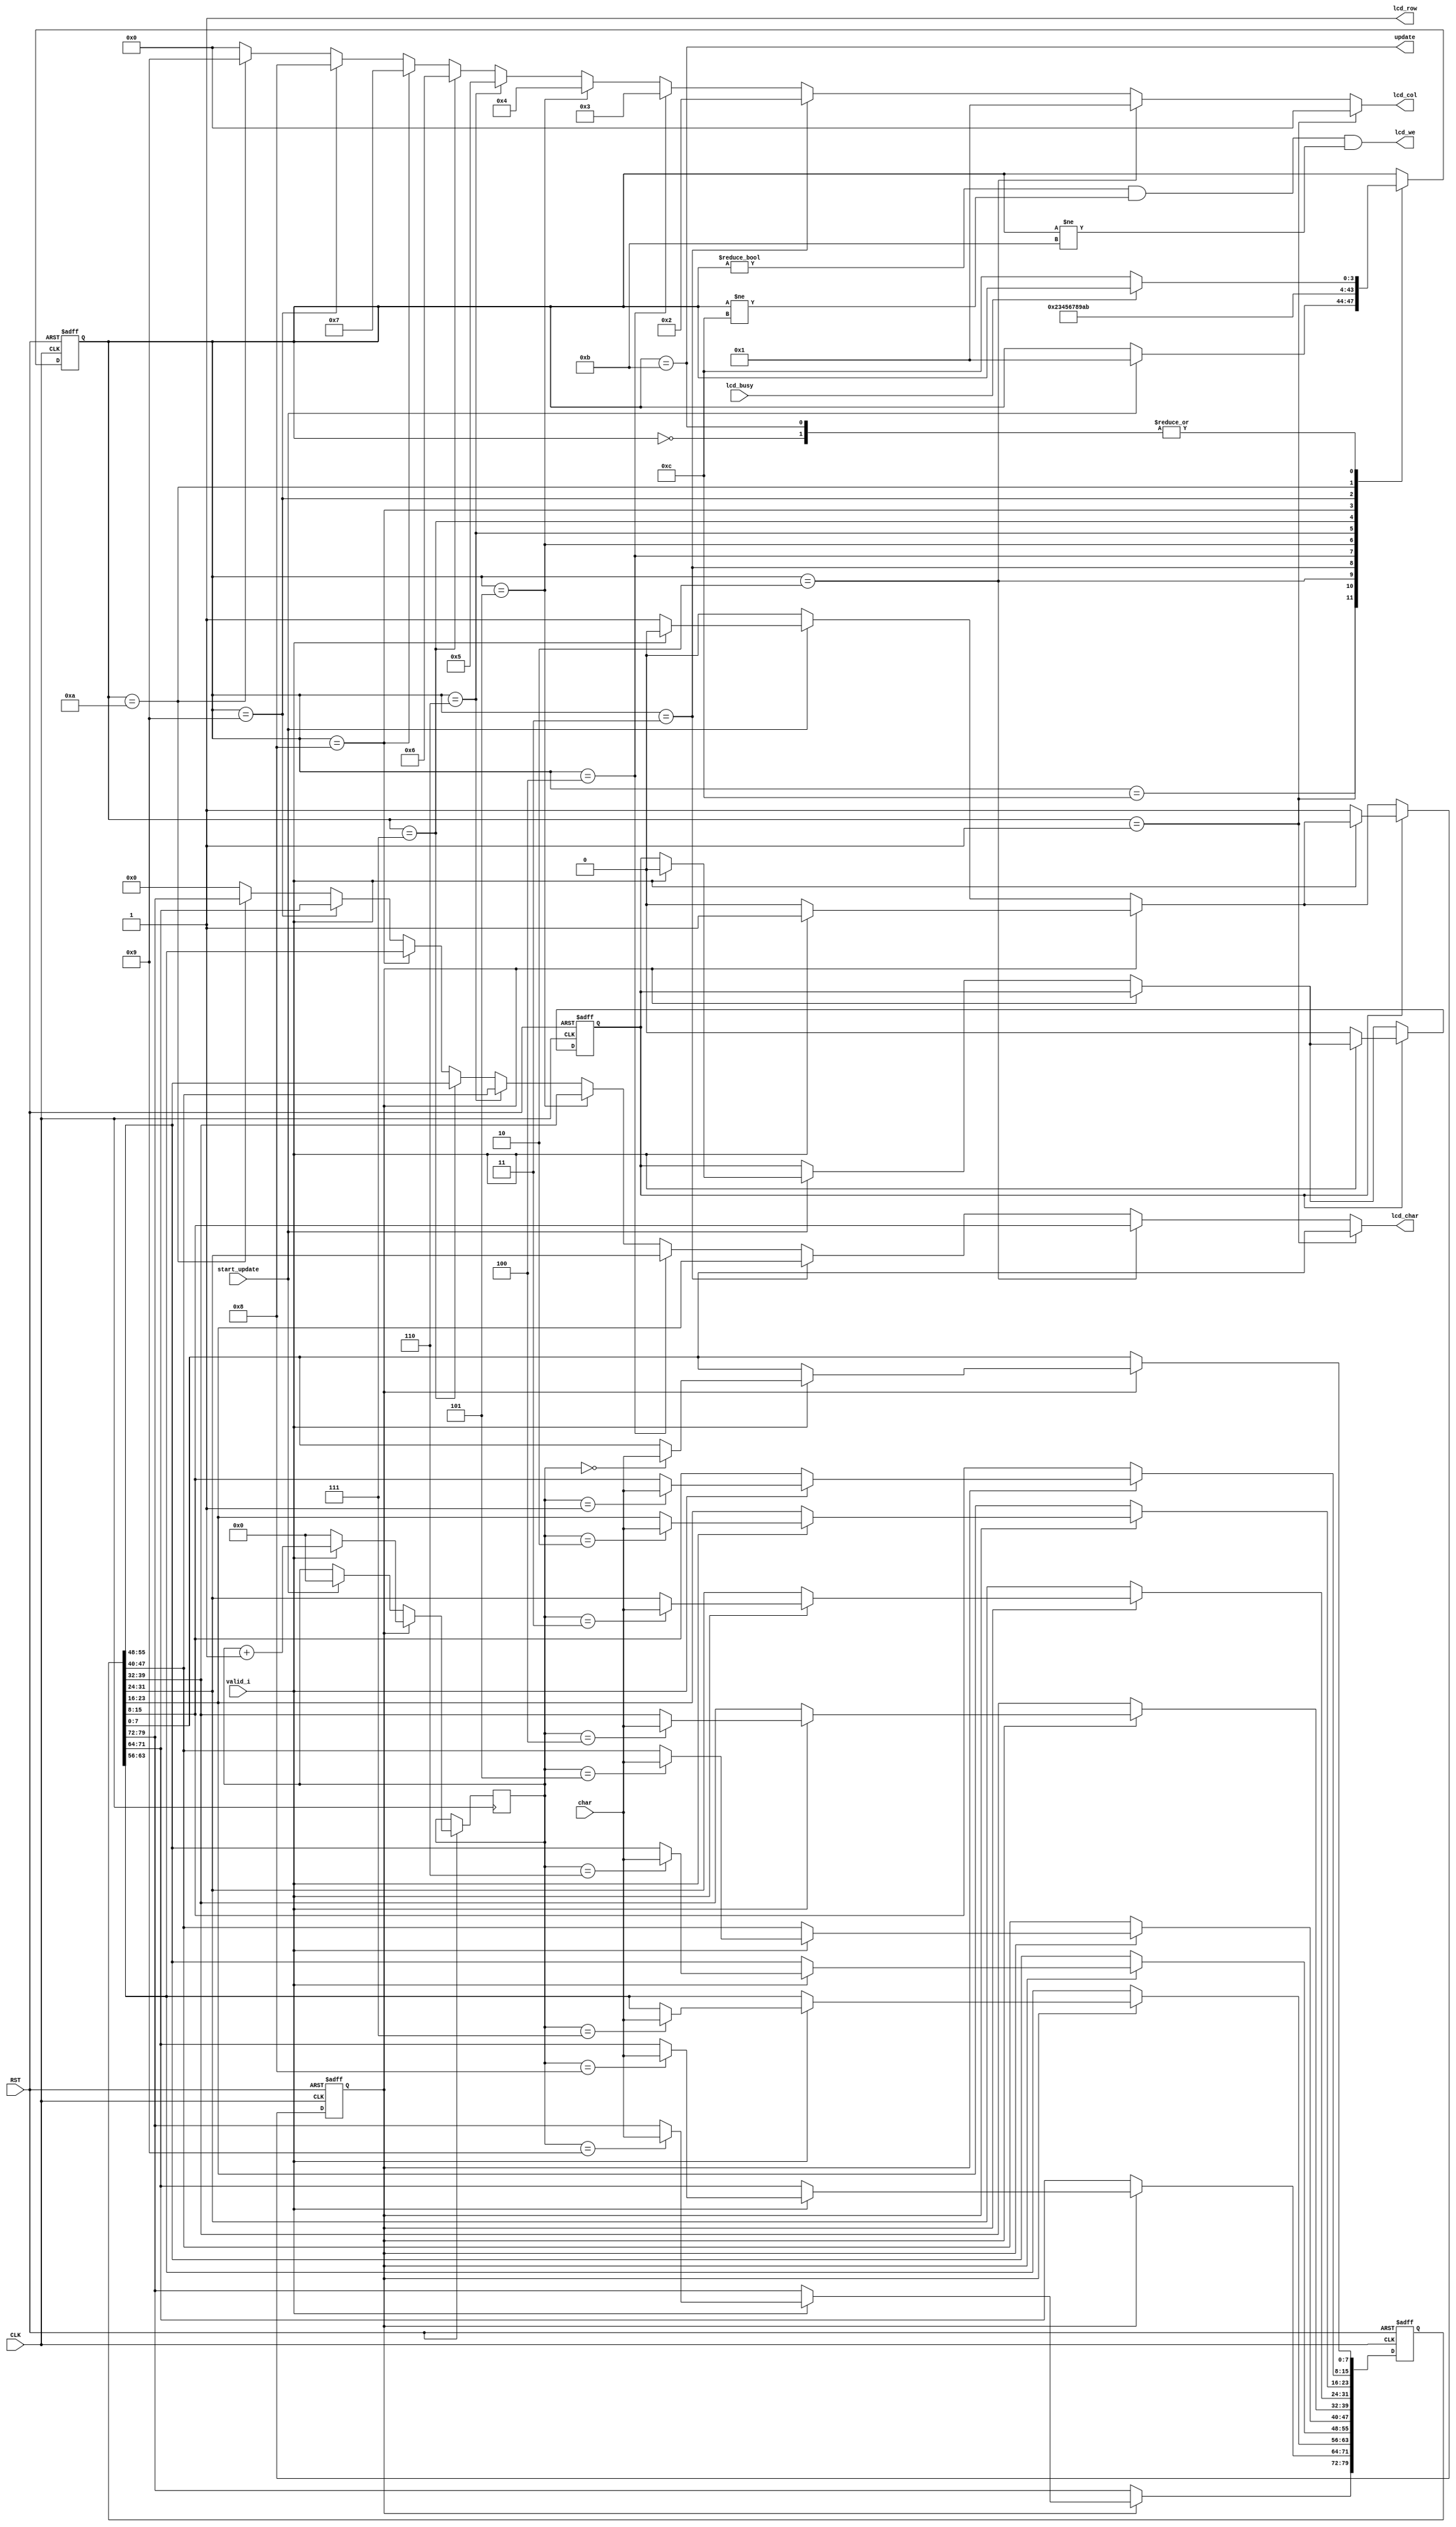

module lcd_control
  (
   input        CLK,
   input        RST,

   output       update,
   output       lcd_row, 
   output [3:0] lcd_col,
   output [7:0] lcd_char,
   output       lcd_we,

   input        lcd_busy,

   input        valid_i,
   input        start_update,
   input [7:0]  char
   );

`define SW 4
   reg [79:0]   char_reg;
   reg          getchar_from_num2char_flg, wait_getchar_from_num2char;
   
   parameter s_wait_init = `SW'd0;
   parameter s_0         = `SW'd1;
   parameter s_1         = `SW'd2;
   parameter s_2         = `SW'd3;
   parameter s_3         = `SW'd4;
   parameter s_4         = `SW'd5;
   parameter s_5         = `SW'd6;
   parameter s_6         = `SW'd7;
   parameter s_7         = `SW'd8;
   parameter s_8         = `SW'd9;
   parameter s_9         = `SW'd10;
   parameter s_update    = `SW'd11;
   parameter s_idle      = `SW'd12;

   reg [`SW-1:0] state; 
   reg [4:0]     s,getchar_from_num2char_state;
`undef SW

   
   assign lcd_char = 
					 state == s_0?  char_reg[7:0] : 
                     state == s_1?  char_reg[15:8] : 
                     state == s_2?  char_reg[23:16] : 
                     state == s_3?  char_reg[31:24] : 
                     state == s_4?  char_reg[39:32] : 
                     state == s_5?  char_reg[47:40] : 
                     state == s_6?  char_reg[55:48] : 
                     state == s_7?  char_reg[63:56] : 
                     state == s_8?  char_reg[71:64] : 
                     state == s_9?  char_reg[79:72] :
                     3'h0;
   
   assign lcd_we   = state != s_wait_init && state != s_idle && state != s_update;
   assign lcd_row  = 1;
   //!(state == s_h
   //|| state == s_e
   //|| state == s_l1
   //|| state == s_l2
   //|| state == s_o1);
   
   assign update = state == s_update;
   
   assign lcd_col = 
                    state == s_0?  4'd0 : 
                    state == s_1?  4'd1 : 
                    state == s_2?  4'd2 : 
                    state == s_3?  4'd3 : 
                    state == s_4?  4'd4 : 
                    state == s_5?  4'd5 : 
                    state == s_6?  4'd6 : 
                    state == s_7?  4'd7 : 
                    state == s_8?  4'd8 : 
                    state == s_9?  4'd9 :
                    3'h0;                     
   
   always @(posedge CLK or negedge RST)
     if (!RST) begin
        state <= s_wait_init;
        getchar_from_num2char_flg <= 0;
        wait_getchar_from_num2char <= 0; 
        char_reg <= 0;
        
        s <= 0;
     end else begin
        case (state)
          s_wait_init: 
            if (!lcd_busy)
              state <= s_idle;

          s_idle:
            if (start_update)
              state <= s_0;

          s_0:        
            state <= s_1;
          s_1:
            state <= s_2;
          s_2:
            state <= s_3;
          s_3:
            state <= s_4;
          s_4:
            state <= s_5;
          s_5:
            state <= s_6;
          s_6:
            state <= s_7;
          s_7:
            state <= s_8;
          s_8:
            state <= s_9;
          s_9:
            state <= s_update;
          s_update:
            if (!lcd_busy)
              state <= s_idle;		  
          default: ;
          
        endcase
		
        
		if(getchar_from_num2char_flg == 1)
          begin
             if(valid_i == 1)
               begin
				  if(getchar_from_num2char_state == 4'd0)   char_reg[7:0]    <= char; 
 				  if(getchar_from_num2char_state == 4'd1)   char_reg[15:8]   <= char; 
 				  if(getchar_from_num2char_state == 4'd2)   char_reg[23:16]  <= char; 
 				  if(getchar_from_num2char_state == 4'd3)   char_reg[31:24]  <= char; 
 				  if(getchar_from_num2char_state == 4'd4)   char_reg[39:32]  <= char; 
 				  if(getchar_from_num2char_state == 4'd5)   char_reg[47:40]  <= char; 
 				  if(getchar_from_num2char_state == 4'd6)   char_reg[55:48]  <= char; 
 				  if(getchar_from_num2char_state == 4'd7)   char_reg[63:56]  <= char; 
 				  if(getchar_from_num2char_state == 4'd8)   char_reg[71:64]  <= char; 
 				  if(getchar_from_num2char_state == 4'd9)   char_reg[79:72]  <= char;    
				  getchar_from_num2char_state <= getchar_from_num2char_state + 1;
               end
             else
               begin
                  getchar_from_num2char_flg <= 0;
				  getchar_from_num2char_state <= 0;
               end
          end
        else if(start_update == 1)
          begin
			 getchar_from_num2char_state <= 0; 
             if(valid_i == 1)
               wait_getchar_from_num2char <= 0;
             else
               getchar_from_num2char_flg <= 1;
          end
        
        if(wait_getchar_from_num2char == 1)
          begin
             if(valid_i == 0)
               begin
                  getchar_from_num2char_flg <= 1;
                  wait_getchar_from_num2char <= 0;                 
               end
          end
        
     end

endmodule